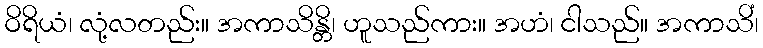
ဝိရိယံ၊ လုံ့လတည်း။ အကာသိန္တိ၊ ဟူသည်ကား။ အဟံ၊ ငါသည်။ အကာသိံ၊